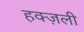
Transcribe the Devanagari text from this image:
हक्ज़ली